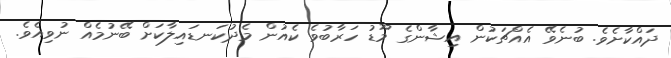
ދައްކާށެވެ. ބުނެވޭ އެއްޗަކުން އިޝާންގެ މޫޑު ހަރާބުވެ ކެއުން މެދުކަނޑައިލާކަށް ބޭނުމެއް ނުވިއެވެ.